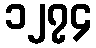
၁၂၇၄